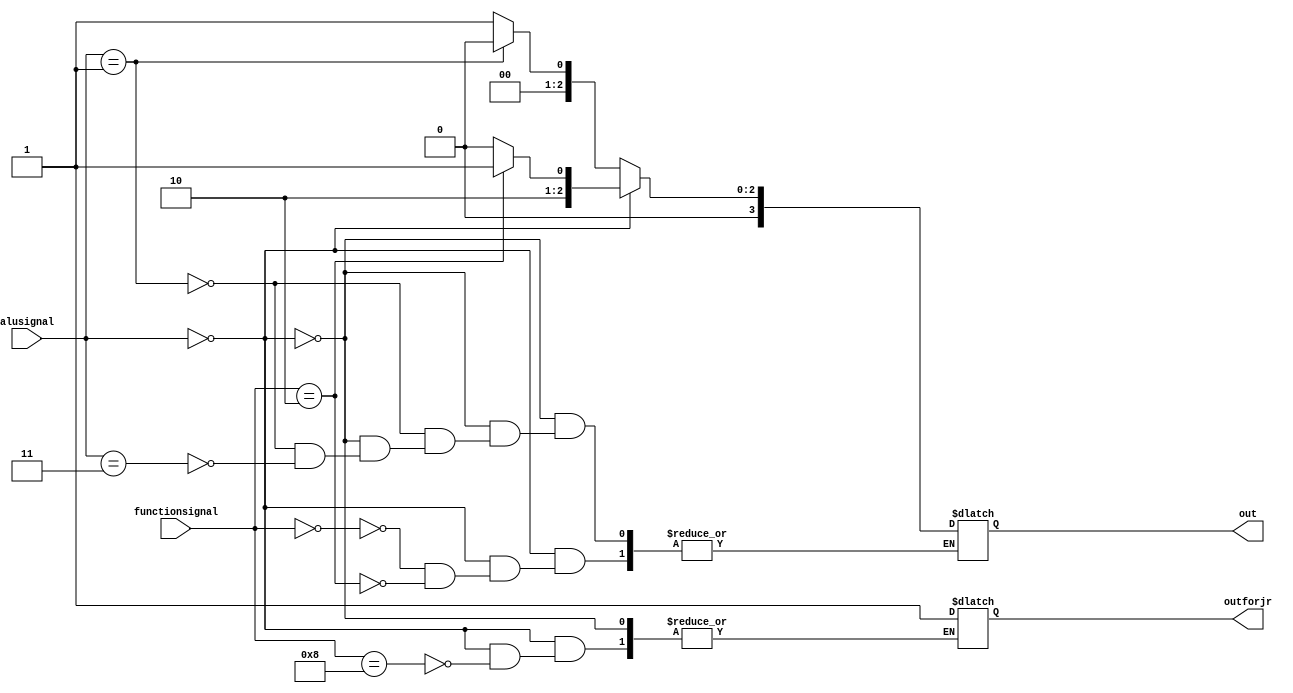
module alucontroller(alusignal,functionsignal,out,outforjr);
	input [1:0]  alusignal;
	input [4:0] functionsignal ;
	output [3:0]  out;
	output outforjr;
	reg outforjr;
	reg [3:0] out;
	always @(alusignal or functionsignal)
		begin
			if (alusignal == 2'b00)
				begin
					case(functionsignal) 
						32 : out = 4'b0000;	  //add	
						34 : out = 4'b0001; //sub
						36 : out = 4'b0010;	  //and
						37 : out = 4'b0011; //or 
						0 : out = 4'b0100;//sll
						2 :out = 4'b0101;//srl 
						42 :out = 4'b0111;//slt
						39 : out = 4'b1000;//nor
						8 : outforjr = 1'b1;//jr
					endcase
				end
			else if (alusignal == 2'b01)
				begin
					out = 4'b0000; //add in lw & sw
				end
			else if (alusignal == 2'b11)
				begin
					out = 4'b0001; //add in branch 
				end	  
		end
endmodule